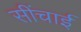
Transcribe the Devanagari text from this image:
सींचाई